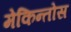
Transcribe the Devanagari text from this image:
मेकिन्तोस